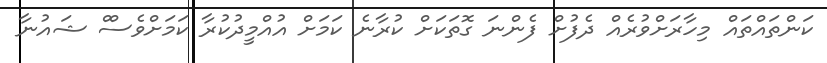
ކަންތައްތައް މިހާރަށްވުރެއް ދެފުށް ފެންނަ ގޮތަކަށް ކުރާނެ ކަމަށް އުއްމީދުކުރާ ކަމަށްވެސްް ޝައުނާ